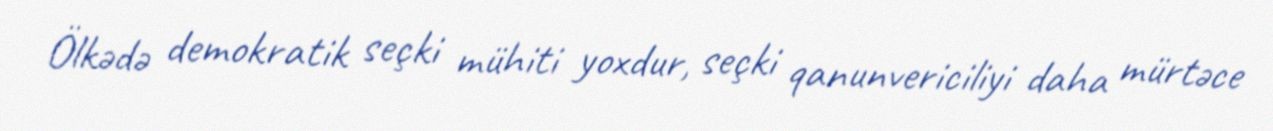
Ölkədə demokratik seçki mühiti yoxdur, seçki qanunvericiliyi daha mürtəce